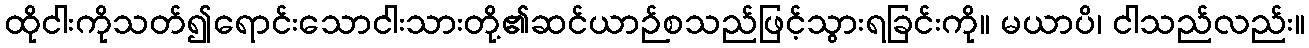
ထိုငါးကိုသတ်၍ရောင်းသောငါးသားတို့၏ဆင်ယာဉ်စသည်ဖြင့်သွားရခြင်းကို။ မယာပိ၊ ငါသည်လည်း။